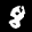
Label: 8